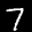
Label: 7